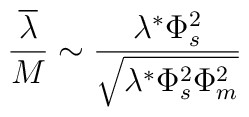
\frac{\overline\lambda}{M} \sim \frac{\lambda^{*}\Phi_s^2}{\sqrt{\lambda^{*}\Phi^2_s\Phi_m^2}}